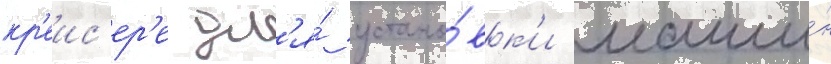
кр'еис'ер'е дл'я́ устано́вк'и маши́н